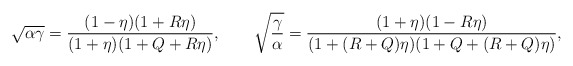
\begin{align*}\sqrt{\alpha\gamma}=\frac{(1-\eta)(1+R\eta)}{(1+\eta)(1+Q+R\eta)},\qquad\sqrt{\frac{\gamma}{\alpha}}=\frac{(1+\eta)(1-R\eta)}{(1+(R+Q)\eta)(1+Q+(R+Q)\eta)},\end{align*}